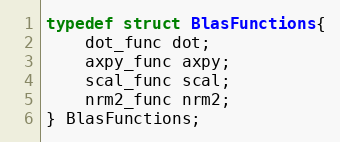
Language: C
typedef struct BlasFunctions{
    dot_func dot;
    axpy_func axpy;
    scal_func scal;
    nrm2_func nrm2;
} BlasFunctions;